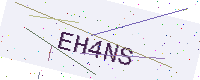
Text: EH4NS